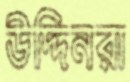
উদ্দিনরা